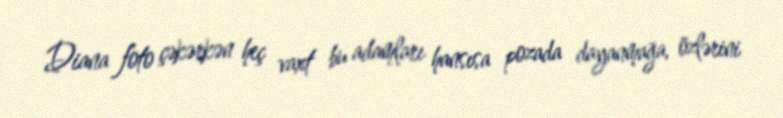
Diana foto çəkərkən heç vaxt bu adamları hansısa pozada dayanmağa, özlərini